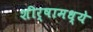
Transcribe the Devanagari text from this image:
शीर्षामध्ये